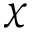
\chi